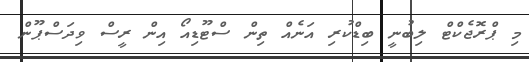
މި ޕްރޮޖެކްޓް ލިބުނީ ބިޑްކުރި އަނެއް ތިން ސްޓޫޑިއޯ އިން ރީސް ވިދަސްޕޫން